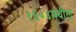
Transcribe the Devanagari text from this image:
१६०४मधील